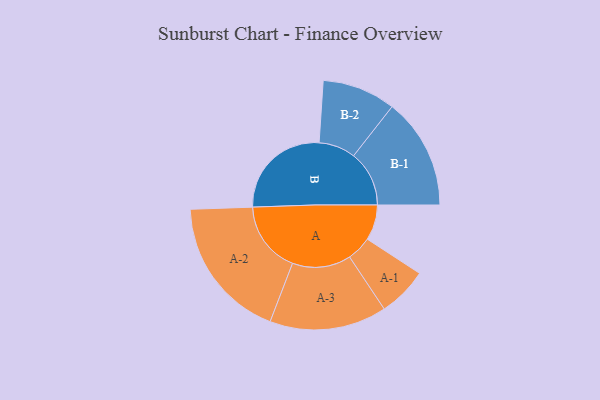
{"axis": {"x": "Segment", "y": "Value"}, "legend": ["", "A", "B"], "data": [{"x": "A", "y": 143, "type": ""}, {"x": "B", "y": 413, "type": ""}, {"x": "A-1", "y": 100, "type": "A"}, {"x": "A-2", "y": 289, "type": "A"}, {"x": "A-3", "y": 236, "type": "A"}, {"x": "B-1", "y": 224, "type": "B"}, {"x": "B-2", "y": 148, "type": "B"}]}